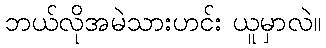
ဘယ်လိုအမဲသားဟင်း ယူမှာလဲ။